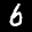
Label: 6